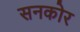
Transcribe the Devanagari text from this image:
सनकोर